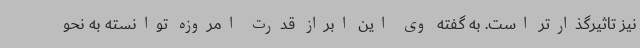
نیز تاثیرگذارتر است. به گفته وی این ابراز قدرت امروزه توانسته به نحو